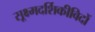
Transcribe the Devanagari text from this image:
सूक्ष्मदर्शिकीविदों